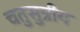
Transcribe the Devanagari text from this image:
चतुसुत्रीय